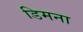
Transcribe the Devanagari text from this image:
डिमना